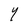
Character: Y